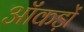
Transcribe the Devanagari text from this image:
ऑंकड़ों